Report of the Municipal Commissioner on the plague in Bombay for the year ending 31st May... - Volume 2
Disease focus: Plague
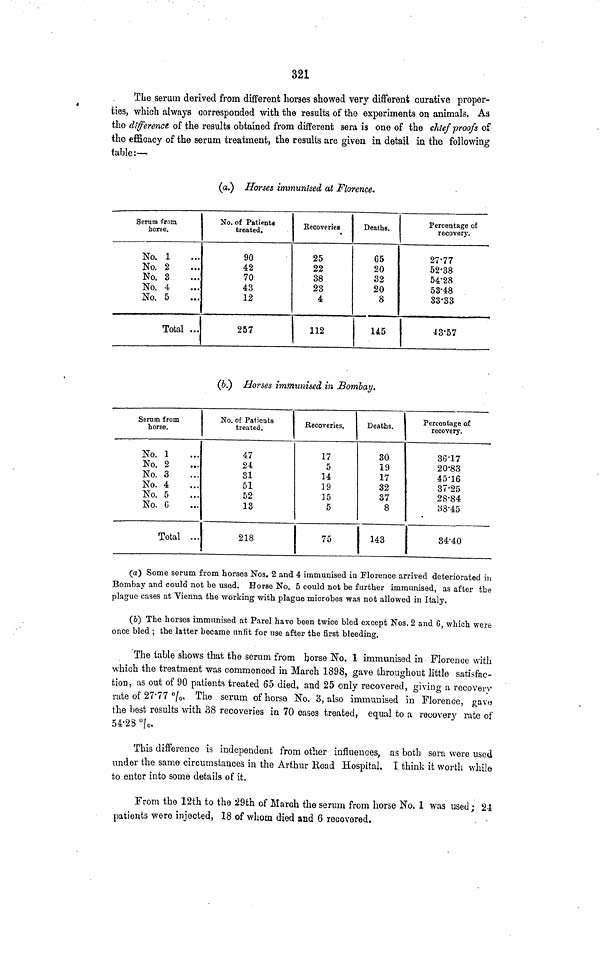
321
The.serum derived from different horses showed very different curative proper-
ties, which always corresponded with the results of the experiments on animals. Aa
tho difference of the results obtained from different sera is one of the chief proofs of
the efficacy of the serum treatment, the results are given in detail in the following
table:—
(a.) Horses immunised at Florence.
Serum from
horse.
No. 1
No. 2
No. 3
No. 4
No. 5
Total ...
No. of Patients
treated.
90
42
70
43
12
257
Recoveries
25
22
38
23
4
112
Deaths.
65
20
32
20
8
145
Percentage of
recovery.
27-77
52-38
54-28
53-48
33-33
43-57
(6.) Horses immunised in Bombay.
Serum from
horse.
No. 1
No. 2
No. 3
No. 4
No. 5
No. G
Total ...
No. of Patients
treated.
47
24
31
51
52
13
218
Recoveries.
17
5
14
19
35
5
75
Deaths.
30
19
17
32
37
8
143
Percentage of
recovery.
36-17
20-83
45-16
37-25
28-84
88-45
34-40
(a) Some serum from horses Nos. 2 and 4 immunised in Florence arrived deteriorated in
Bombay and could not be used. Horse No. 5 could not be further immunised, as after the
plague cases at Vienna the working with plague microbes was not allowed in Italy.
(fe) The horses immunised at Parel have been twice bled except Nos. 2 and 6, which were
once bled ; the latter became unfit for use after the first bleeding.
The table shows that the serum from horse No. 1 immunised in Florence with
which the treatment was commenced in March 1898, gave throughout little satisfac-
tion, as out of 90 patients treated 65 died, and 25 only recovered, giving a recovery
rate of 27'77 °/ 0 . The serum of horse No. 3, also immunised in Florence, gavo
the best results with 38 recoveries in 70 cases treated, equal to a recovery rate of
54-2S °| 0 .
This difference is independent from other influences, as both sera were used
under the same circumstances in the Arthur Road Hospital. I think it worth while
to enter into some details of it.
From the 12th to the 29th of March the serum from horse No. 1 was used; 21
patients were injected, 18 of whom died and 6 recovered.